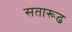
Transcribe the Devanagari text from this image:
सतारूढ